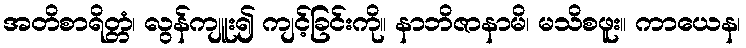
အတိစာရိတ္တံ၊ လွန်ကျူး၍ ကျင့်ခြင်းကို။ နာဘိဇာနာမိ၊ မသိစဖူး။ ကာယေန၊